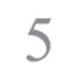
5